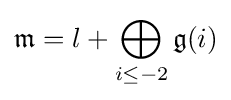
{\mathfrak {m}}=l+\bigoplus _{i\leq -2}{\mathfrak {g}}(i)